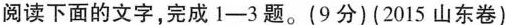
阅读下面的文字完成1-3题。(9分)(2015山东卷)